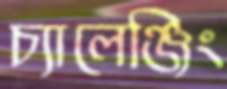
চ্যালেঞ্জিং